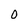
Character: 0